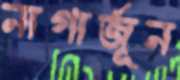
নাগার্জূন